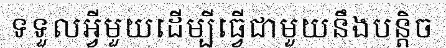
ទទួលអ្វីមួយដើម្បីធ្វើជាមួយនឹងបន្តិច